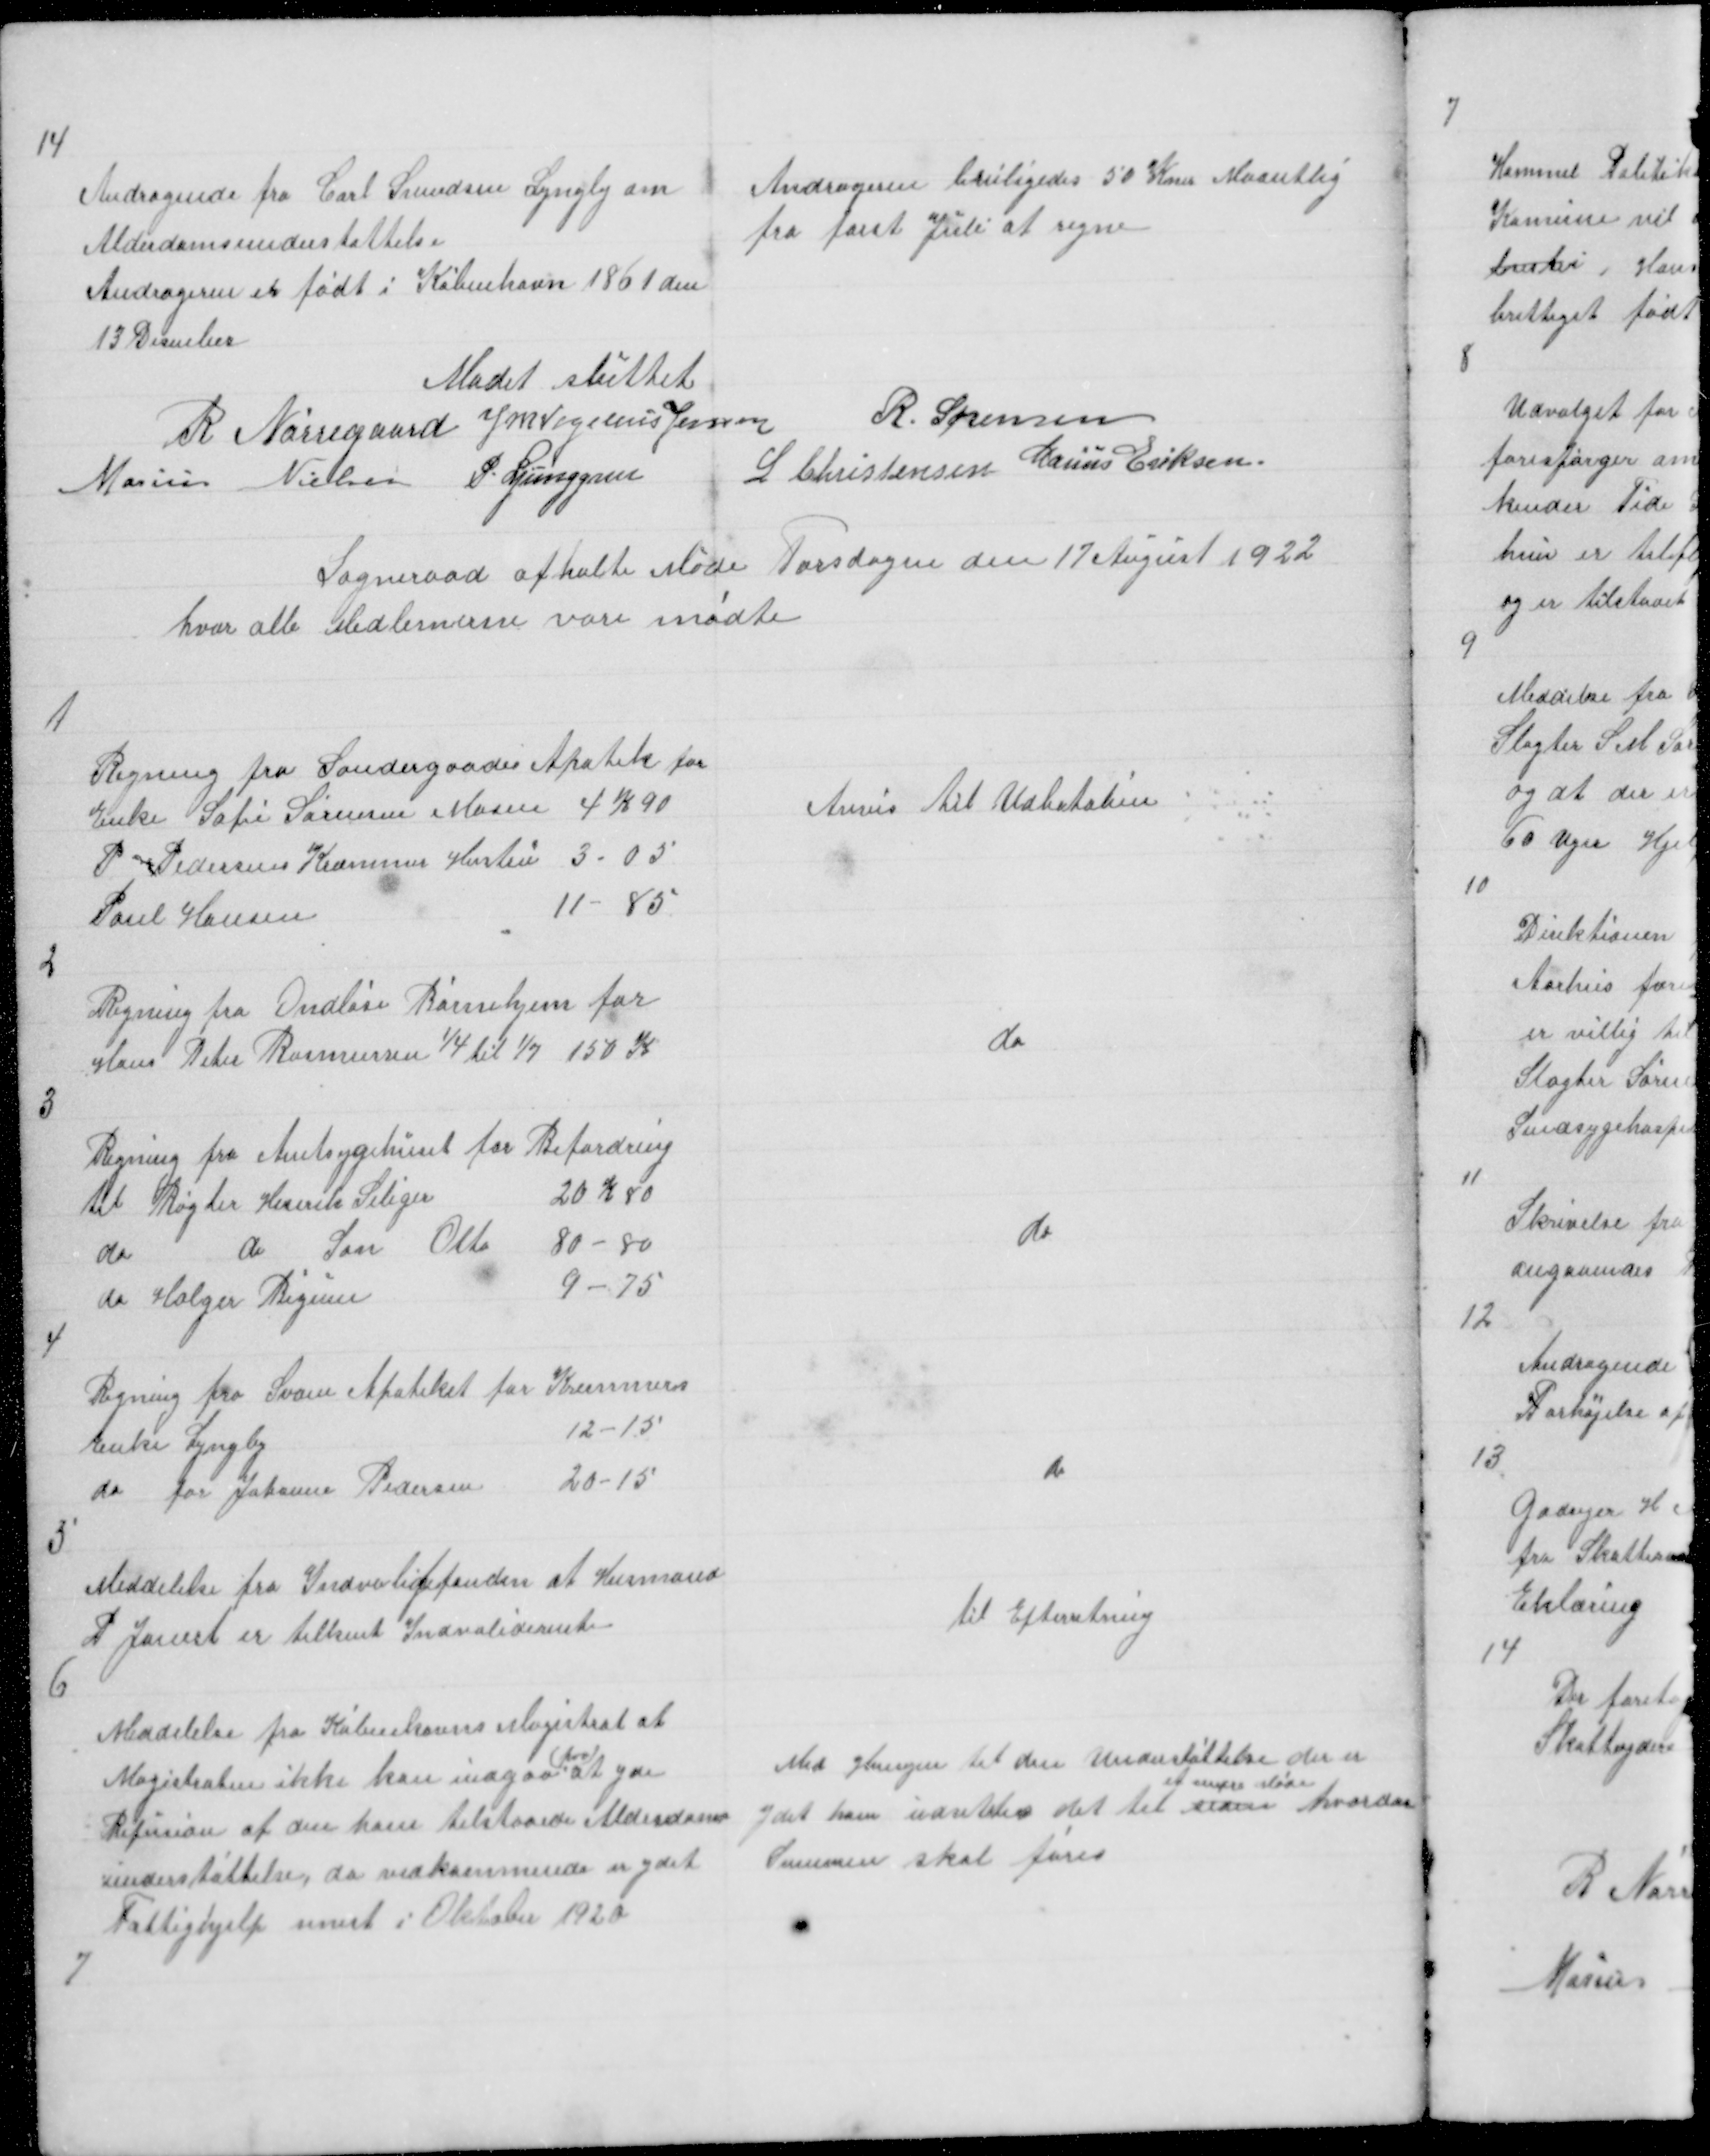
Transskription:
14

Andragende fra Carl Svendsen Lyngby om
Alderdomsunderstøttelse
Andrageren er født i København 1861 den
13 Decmber

Andrageren beviligedes 50 Kner Maantlig
fra først Juli at regne

Mødet sluttet
R Nørregaard J M Vogelius Jensen
R. Sørensen
Marius Nielsen P. Ljunggren
L Christensen Marius Eriksen

Sogneraad afholte Møde Torsdagen den 17 August 1922
hvor alle Medlemerne vare mødte

1

Regning fra Søndergaades Apotek for
Enke Sofie Sørensen Mosen 4 K 90 
P Pedersen Kræmmers Hustru 3.05
Poul Hansen
11 - 85

Anvis til Udbetalin

2

Regning fra Ondløse Børnehjem for
Hans Peter Rasmussen 1/4 til 1/7 150 K

do

3

Regning fra Amtsygehuset for Befordring
til Røgter Henrik Seliger
20 K 80
do
do søn Otto 80 - 90
do Holger Bigum
9 - 75

do

4

Regning fra Svane Apoteket for Kræmmers
Enke Lyngby
12 - 15
do for Johanne Pedersen
20 - 15

do

5

Meddelelse fra Indvalidefonden at Husmand
P Jauert er tilkent Indvaliderente

til Efterretning

6

Meddelelse fra Københavns Magistrat at
Magistraten ikke kan indgaa
( paa )
at yde
Refusion af den ham tilstaaede Alderdoms
understøttelse, da vedkommende er ydet
Fattighjælp senest i Oktober 1920

Med Hensyn til den Understøttelse der er
ydet ham udsettes det til siden
et senere Møde
hvordan
Summen skal føres

7